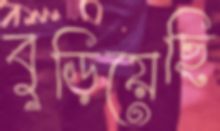
বুড়িয়েছি